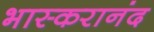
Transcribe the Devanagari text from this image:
भास्‍करानंद